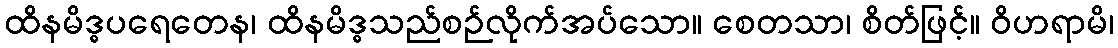
ထိနမိဒ္ဓပရေတေန၊ ထိနမိဒ္ဓသည်စဉ်လိုက်အပ်သော။ စေတသာ၊ စိတ်ဖြင့်။ ဝိဟရာမိ၊